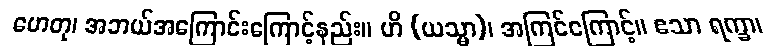
ဟေတု၊ အဘယ်အကြောင်းကြောင့်နည်း။ ဟိ (ယသ္မာ)၊ အကြင်ကြောင့်။ ဧသာ ရက္ခာ၊